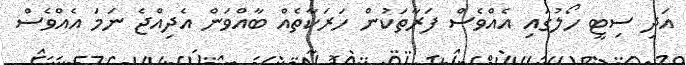
އަދި ސިޓީ ހޯލުގައި އެއްވެސް ފަރާތަކުން ހަރަކާތެއް ބާއްވަން އެދިއްޖެ ނަމަ އެއްވެސް